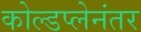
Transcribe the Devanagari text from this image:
कोल्डप्लेनंतर